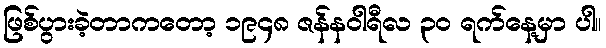
ဖြစ်ပွားခဲ့တာကတော့ ၁၉၄၈ ဇန်နဝါရီလ ၃၀ ရက်နေ့မှာ ပါ။